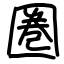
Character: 圏